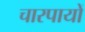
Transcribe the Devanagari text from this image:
चारपायों